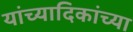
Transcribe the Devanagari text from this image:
यांच्यादिकांच्या